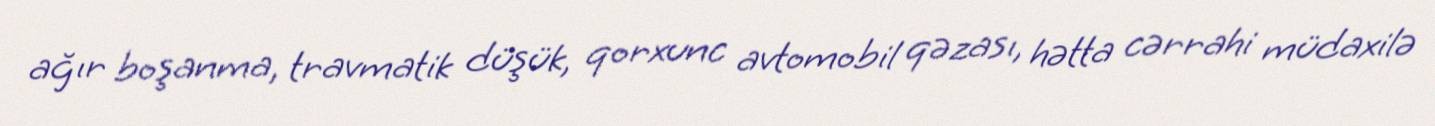
ağır boşanma, travmatik düşük, qorxunc avtomobil qəzası, hətta cərrahi müdaxilə